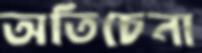
অতিচেনা